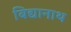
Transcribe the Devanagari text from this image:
बिद्यानाथ